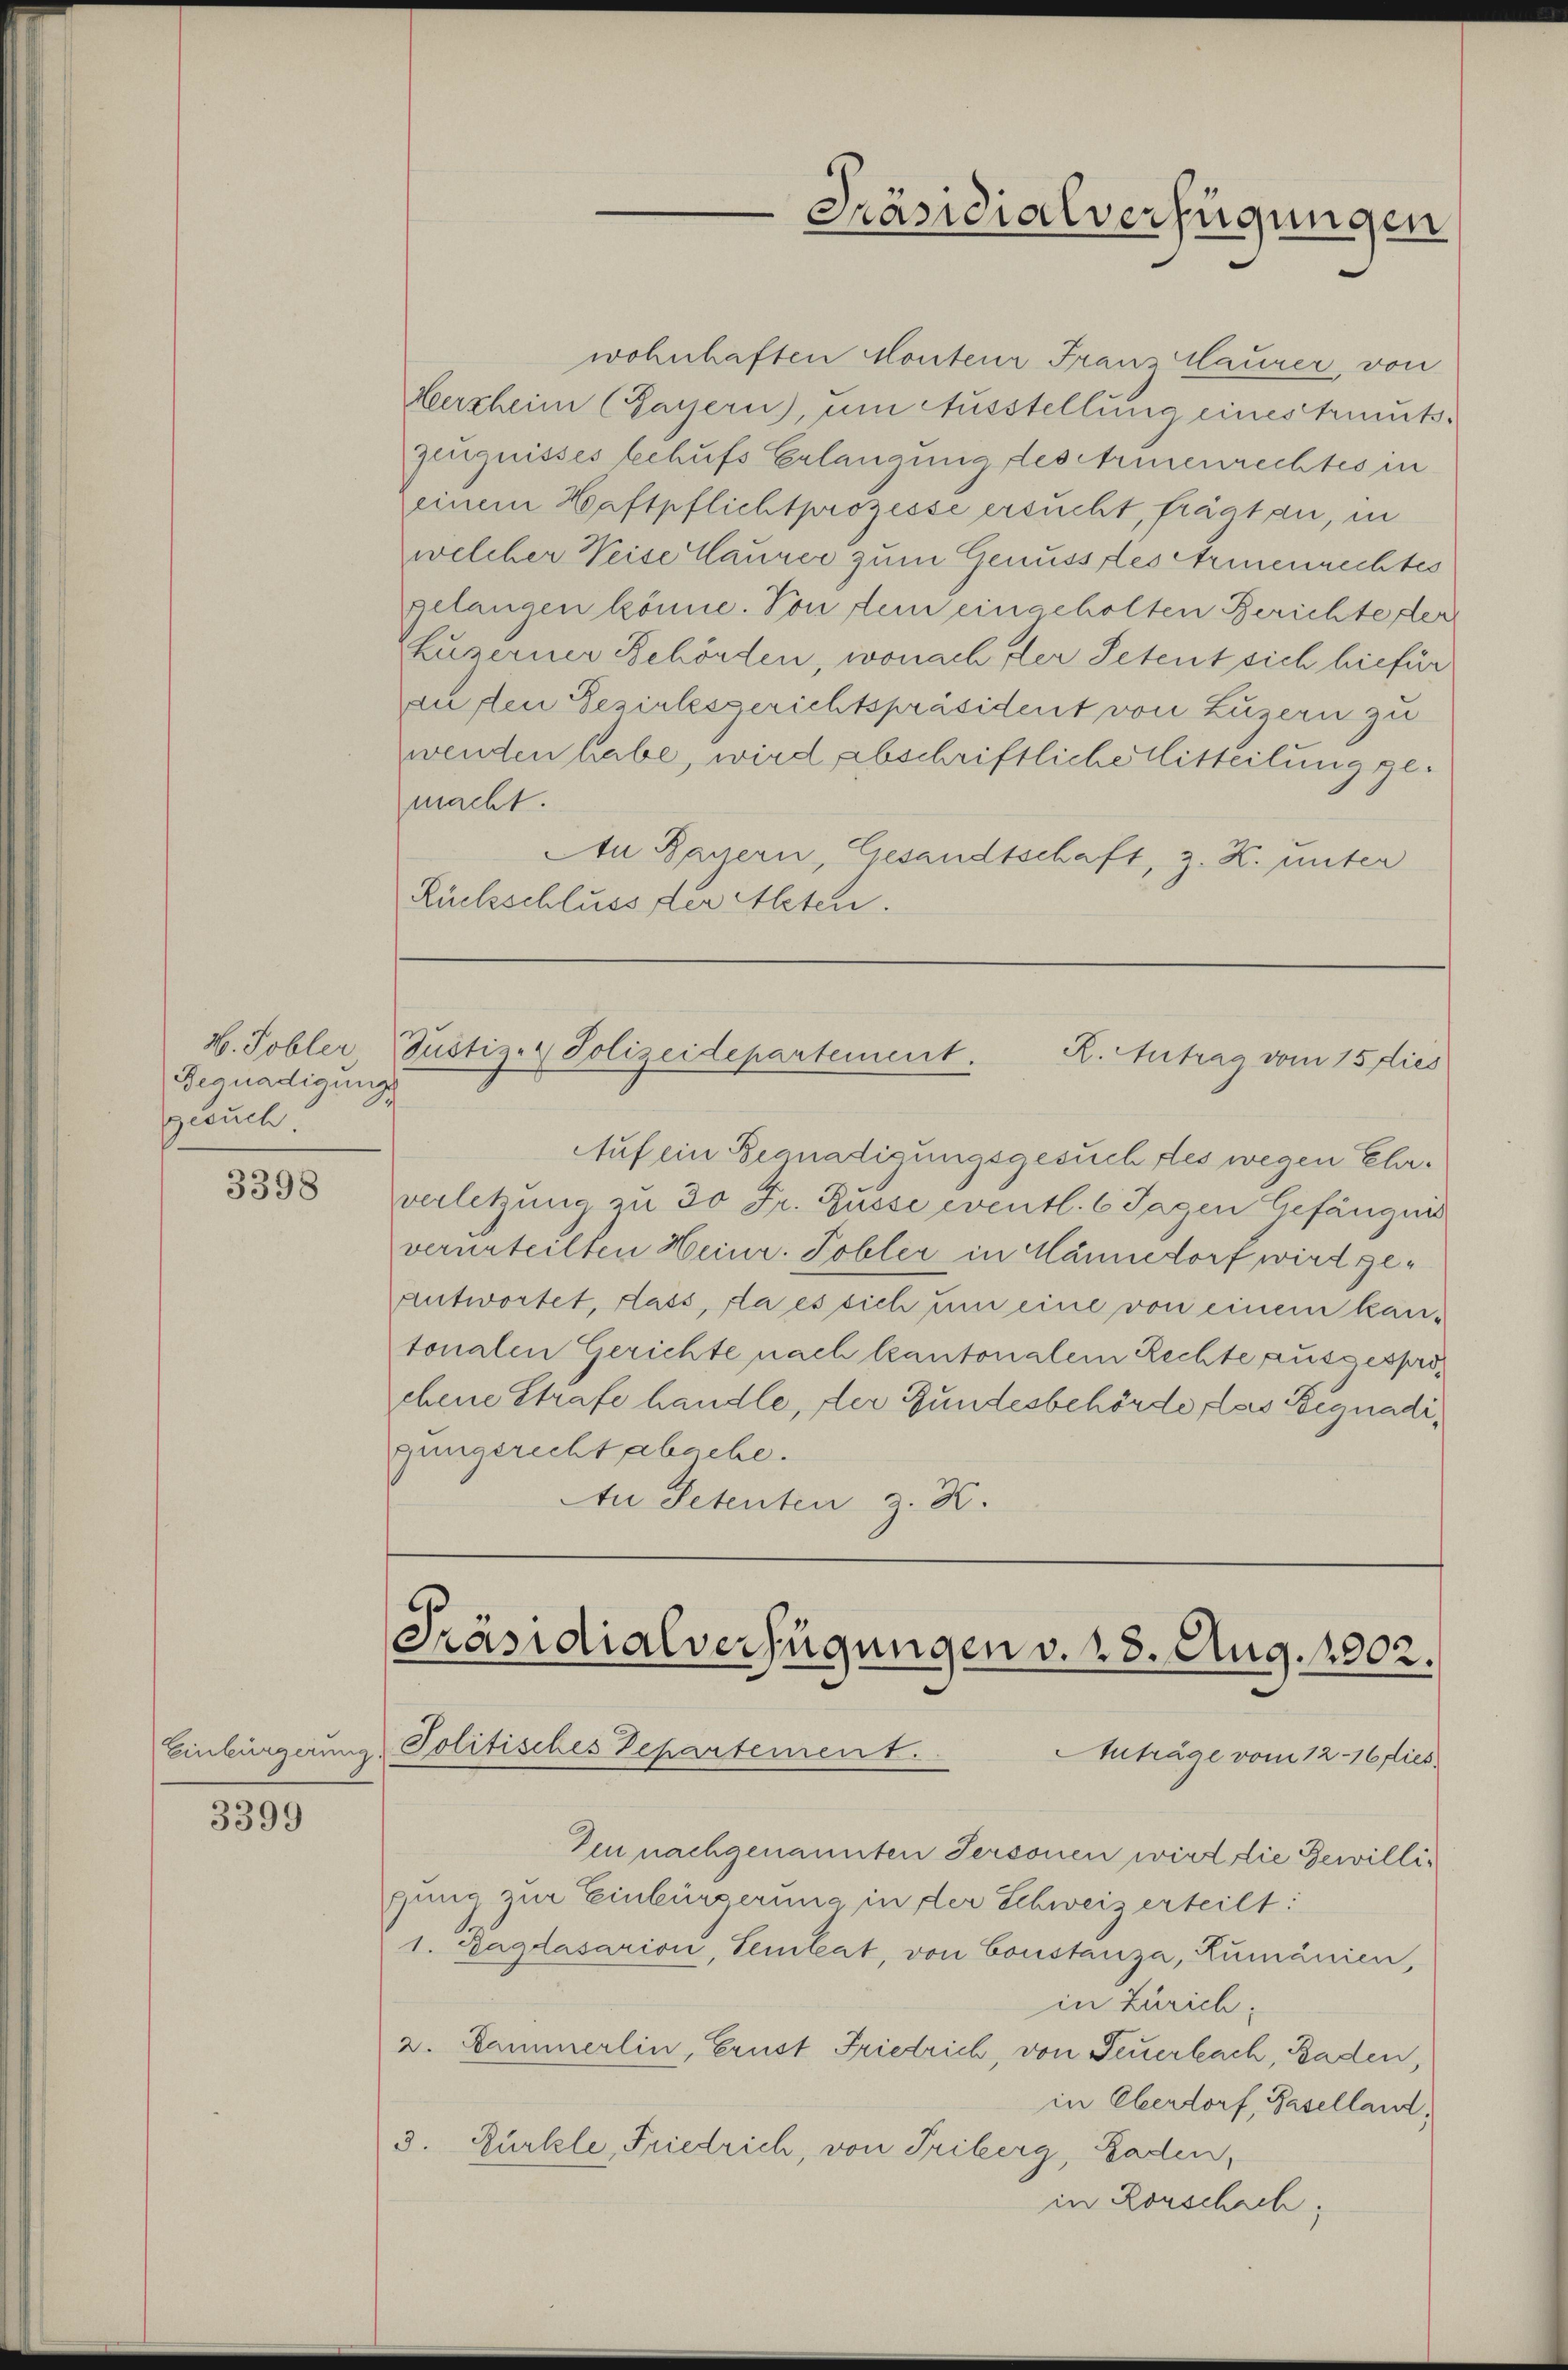
H. Tobler
Begnadigungs
gesuch

3398

Einbürgerung

3399

Justiz- & Polizeidepartement. R. Antrag vom 15 dies

Präsidialverfügungen

wohnhaften Monteur Franz Maurer, von
Versheim (Bayern, um Ausstellung eines trents¬
Zeugnisses behufs Erlangung des Armenrechtes in
einem Haftpflichtprozesse ersucht, frägt an, in
welcher Weise Caurer zum Genusstes Armenrechtes
gelangen könne. Von dein eingeholten Berichte der
kuzerner Behörden, wonach der Petent sich hiefür
aufen Bezirksgerichtspräsident von Luzern zu
wenden habe, wird abschriftliche Mitteilung gemacht.
An Bauern, Gesandtschaft, z. K. unter
Rückschluss der Alten.

Präsidialverfügungen v. 28. Aug. 1902.
Politisches Departement.
Auträge vom 12. 16 dies

Auf ein Begnadigungsgesuch des wegen Ehrverletzung zu 30 Fr. Russe eventl. 6 Tagen Gefängnis
verurteilten Heinr. Tobler in Männedorf wird ge¬
Antwortet, dass, da es sich um eine von einem kantonalen Gerichte nach kantonalem Rechte ausgesprochene Strafe handle, der Bundesbehörde, las Begnadigungericht abgehe.
Au Petenten z. K.

Den nachgenannten Personen wird die Bewilligung zur Einbürgerung in der Schweiz erteilt:
1. Zaglasarion, Temleat, von Constanza, Rumänien,
in Zürich;
2. Kammerlin, Crust Friedrich, von Feuerbach, Baden,
in Oberdorf, Baselland,
3. Bürkle, Friedrich, von Triberg, Baden,
in Rorschach,